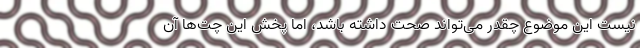
نیست این موضوع چقدر می‌تواند صحت داشته باشد، اما پخش این چت‌ها آن